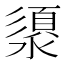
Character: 澃